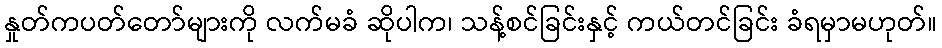
နှုတ်ကပတ်တော်များကို လက်မခံ ဆိုပါက၊ သန့်စင်ခြင်းနှင့် ကယ်တင်ခြင်း ခံရမှာမဟုတ်။